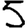
Digit: 5